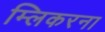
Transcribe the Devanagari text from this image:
म्लिकरना